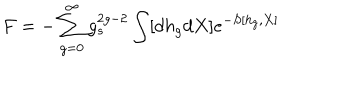
LaTeX: F = - \sum _ { g = 0 } ^ { \infty } g _ { s } ^ { 2 g - 2 } \int [ d h _ { g } d X ] e ^ { - S [ h _ { g } , X ] }